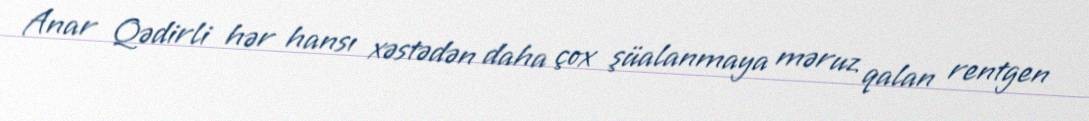
Anar Qədirli hər hansı xəstədən daha çox şüalanmaya məruz qalan rentgen